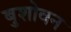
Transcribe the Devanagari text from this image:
बुशोवन